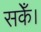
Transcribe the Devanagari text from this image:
सकेँ।